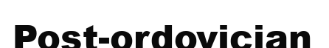
Post-ordovician